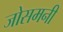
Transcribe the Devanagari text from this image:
जोसमनी